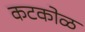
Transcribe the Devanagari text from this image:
कटकोळ